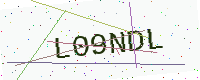
Text: L09NDL